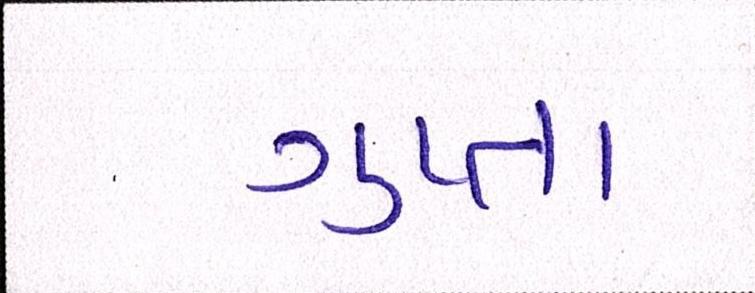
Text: ગુપ્તા